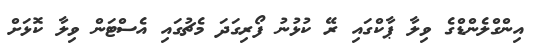
އިންގްލެންޑްގެ ވިލާ ޕާކްގައި ރޭ ކުޅުނު ފޯރިގަދަ މެޗުގައި އެސްޓަން ވިލާ ކޮޅަށް